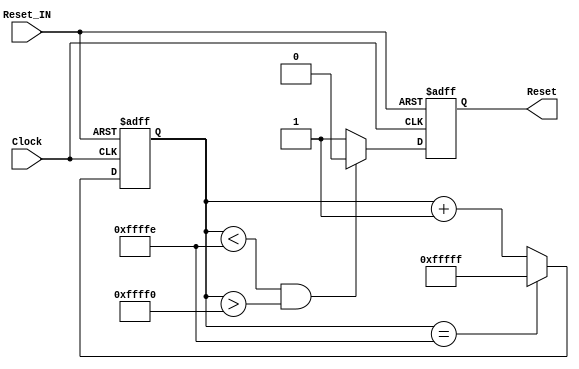
`timescale 1ns / 1ps
//////////////////////////////////////////////////////////////////////////////////
// Company: 
// Engineer: 
// 
// Design Name: 
// Module Name:    Reset_Debouncer 
// Project Name: 
// Target Devices: 
// Tool versions: 
// Description: 
//
// Dependencies: 
//
// Revision: 
// Revision 0.01 - File Created
// Additional Comments: 
//
//////////////////////////////////////////////////////////////////////////////////
module Reset_Debouncer(
input Clock,
input Reset_IN,
output reg Reset
    );
wire Reset_IN_Inv = ~Reset_IN;
	 
reg [19:0]Reset_Deb_Cnt;

wire [19:0]Reset_Deb_Cnt_Next = Reset_Deb_Cnt[19:0] == 20'hFFFFE ? 20'hFFFFF	: Reset_Deb_Cnt[19:0] + 1'b1; 
always @(negedge Clock or negedge Reset_IN_Inv)
begin
	if(!Reset_IN_Inv)
		Reset_Deb_Cnt[19:0] <= 0;
	else
		Reset_Deb_Cnt[19:0] <= Reset_Deb_Cnt_Next[19:0];
end

wire Reset_Next = Reset_Deb_Cnt[19:0] < 20'hFFFFE && Reset_Deb_Cnt[19:0] > 20'hFFFF0 ?	0 : 1 ;
always @(negedge Clock or negedge Reset_IN_Inv)
begin
	if(!Reset_IN_Inv)
		Reset <= 1;
	else
		Reset <= Reset_Next;
end


endmodule